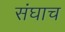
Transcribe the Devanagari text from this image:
संघाच